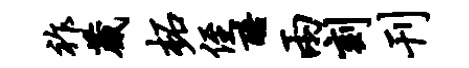
祚葳柘侄酷两刻刊